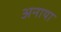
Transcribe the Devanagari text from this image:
अनाया